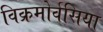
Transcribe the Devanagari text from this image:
विक्रमोर्वसिया